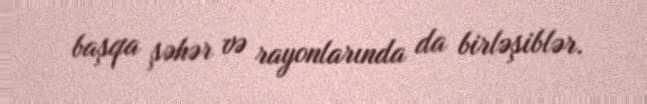
başqa şəhər və rayonlarında da birləşiblər.